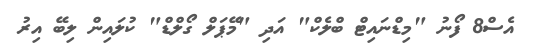
އެސް8 ފޯނު "މިޑްނައިޓް ބްލެކް" އަދި "މޭޕަލް ގޯލްޑް" ކުލައިން ލިބޭ އިރު